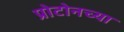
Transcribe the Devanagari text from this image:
प्रोटोनच्या